Newspaper: The Evansville journal. [volume]
Place of publication: Evansville, Ind.
Publisher: Evansville Journal Co.
Date: 1870-02-23 00:00:00
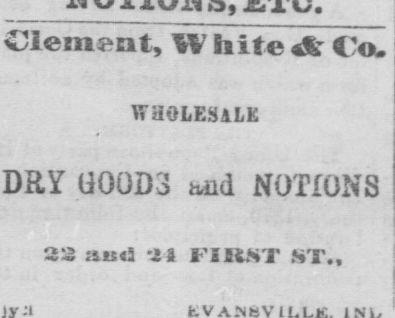
Advertisement text (OCR):
Clement, W hit Co- WHOLESALE DRY U00B3 and NOTIONS 22 a5 iJ riilST ST.,
Label: text-only